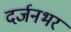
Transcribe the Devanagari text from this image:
दर्जनभर